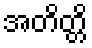
အတိတ္တိ